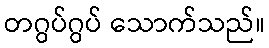
တဂွပ်ဂွပ် သောက်သည်။